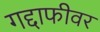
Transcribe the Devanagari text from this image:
गद्दाफीवर